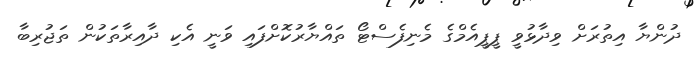
ދުންޔާ އިތުރަށް ވިދާޅުވީ ޕީޕީއެމްގެ މެނިފެސްޓޯ ތައްޔާރުކޮށްފައި ވަނީ އެކި ދާއިރާތަކުން ތަޖުރިބާ